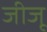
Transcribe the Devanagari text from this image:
जीजू